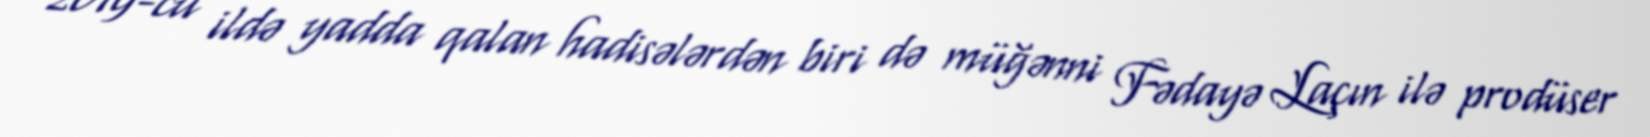
2019-cu ildə yadda qalan hadisələrdən biri də müğənni Fədayə Laçın ilə prodüser